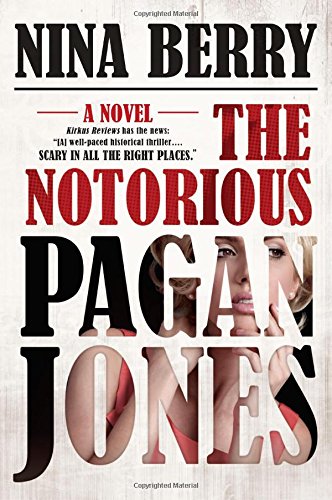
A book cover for The Notorious Pagan Jones; Nina Berry; Teen & Young Adult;